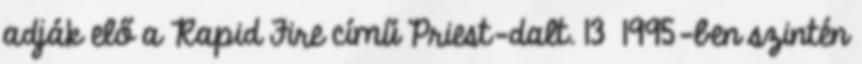
adják elő a Rapid Fire című Priest-dalt. 13 1995-ben szintén